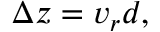
\Delta z = v _ { r } d ,